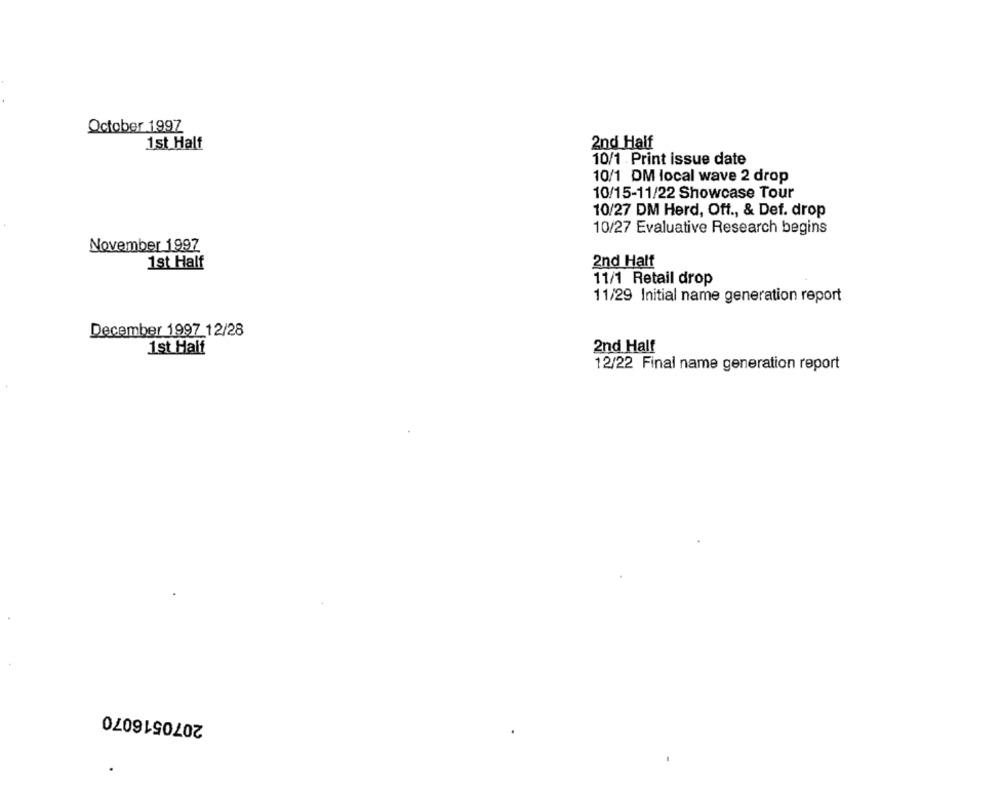
October 199Z
1st Half
2nd Half
10/1 Print issue date
10/1 DM local wave 2 drop
10/15-11/22 Showcase Tour
10/27 DM Herd, Oft ., & Def. drop
10/27 Evaluative Research begins
November 1997
1st Half
2nd Halt
11/1 Retail drop
11/29 Initial name generation report
December 1997 12/28
1st Half
2nd Half
12/22 Final name generation report
2070516070